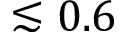
\lesssim 0 . 6